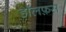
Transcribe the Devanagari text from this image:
डॉलफ़स